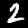
Digit: 2